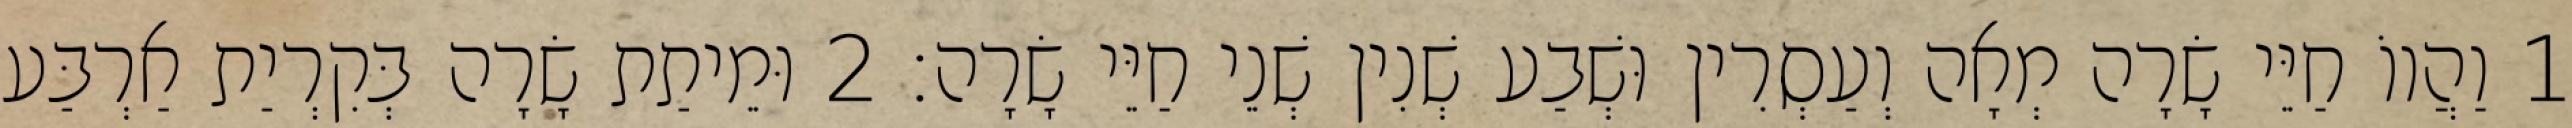
1 וַהֲווֹ חַיֵּי שָׂרָה מְאָה וְעַסְרִין וּשְׁבַע שְׁנִין שְׁנֵי חַיֵּי שָׂרָה׃ 2 וּמֵיתַת שָׂרָה בְּקִרְיַת אַרְבַּע